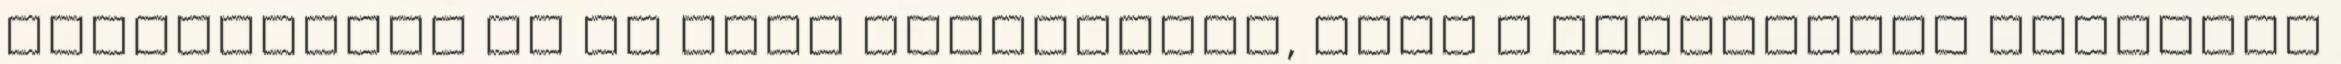
valamelyest és az erős szorításra, mely a karjaimnál ragadnak